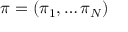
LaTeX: \pi = ( \pi _ { 1 } , \ldots \pi _ { N } )